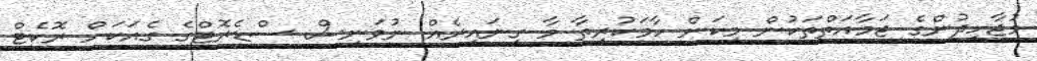
މުޖާހިދުންގެ ޖަމާއަތްތަކުން މިކަން ހާމަކުރިތާ މާ ގިނައިރެއް ނުވަނީސް ސްޑެރޮޓްގެ ގެއަކަށް ރޮކެޓް